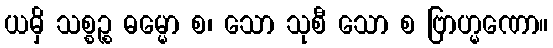
ယမှိ သစ္စဉ္စ ဓမ္မော စ၊ သော သုစီ သော စ ဗြာဟ္မဏော။